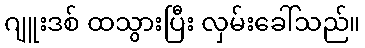
ဂျူးဒစ် ထသွားပြီး လှမ်းခေါ်သည်။